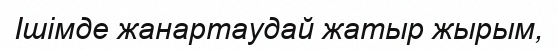
Ішімде жанартаудай жатыр жырым,